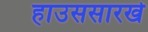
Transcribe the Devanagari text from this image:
हाउससारखे